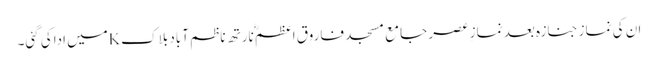
ان کی نماز جنازہ بعد نمازِ عصر جامع مسجد فاروق اعظمؓ نارتھ ناظم آباد بلاکKمیں اداکی گئی۔